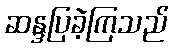
ဆန္ဒပြခဲ့ကြသည်